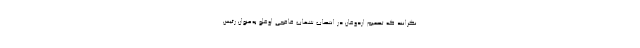
نگرانند که تصمیم اردوغان در انتصاب شهاب قافجی اوغلو به‌عنوان رئیس